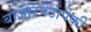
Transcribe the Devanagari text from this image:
बाजारपेठांपैकी